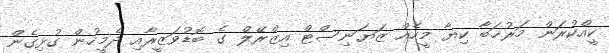
ކީއްކުރަން މަރުޚަބާ ކިޔާ މީހެއް ޒަޔަނިސްޓް އިޒްރޭލް ގެ ބޮޑުވަޒީރާއި ދެމީހުން ގުޅިގެން